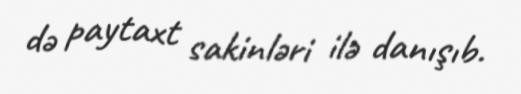
də paytaxt sakinləri ilə danışıb.